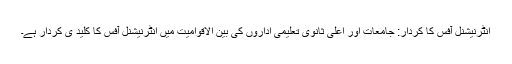
انٹرنیشنل آفس کا کردار: جامعات اور اعلیٰ ثانوی تعلیمی اداروں کی بین الاقوامیت میں انٹرنیشنل آفس کا کلید ی کردار ہے۔